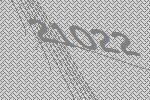
21022